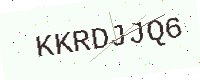
Text: KKRDJJQ6